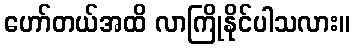
ဟော်တယ်အထိ လာကြိုနိုင်ပါသလား။